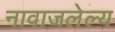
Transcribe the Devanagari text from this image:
नावाजलेल्य